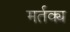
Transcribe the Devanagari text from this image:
मर्तक्य